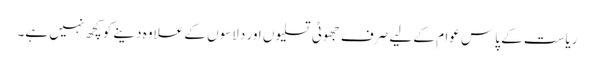
ریاست کے پاس عوام کے لیے صرف جھوٹی تسلیوں اور دلاسوں کے علاوہ دینے کوکچھ نہیں ہے۔